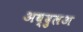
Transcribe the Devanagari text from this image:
अब्दुलअ